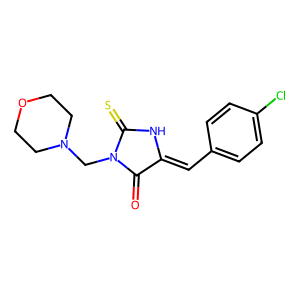
SMILES: O=C1C(=Cc2ccc(Cl)cc2)NC(=S)N1CN1CCOCC1
Inhibits HIV replication: No